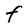
Character: f